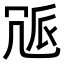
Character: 𠖒